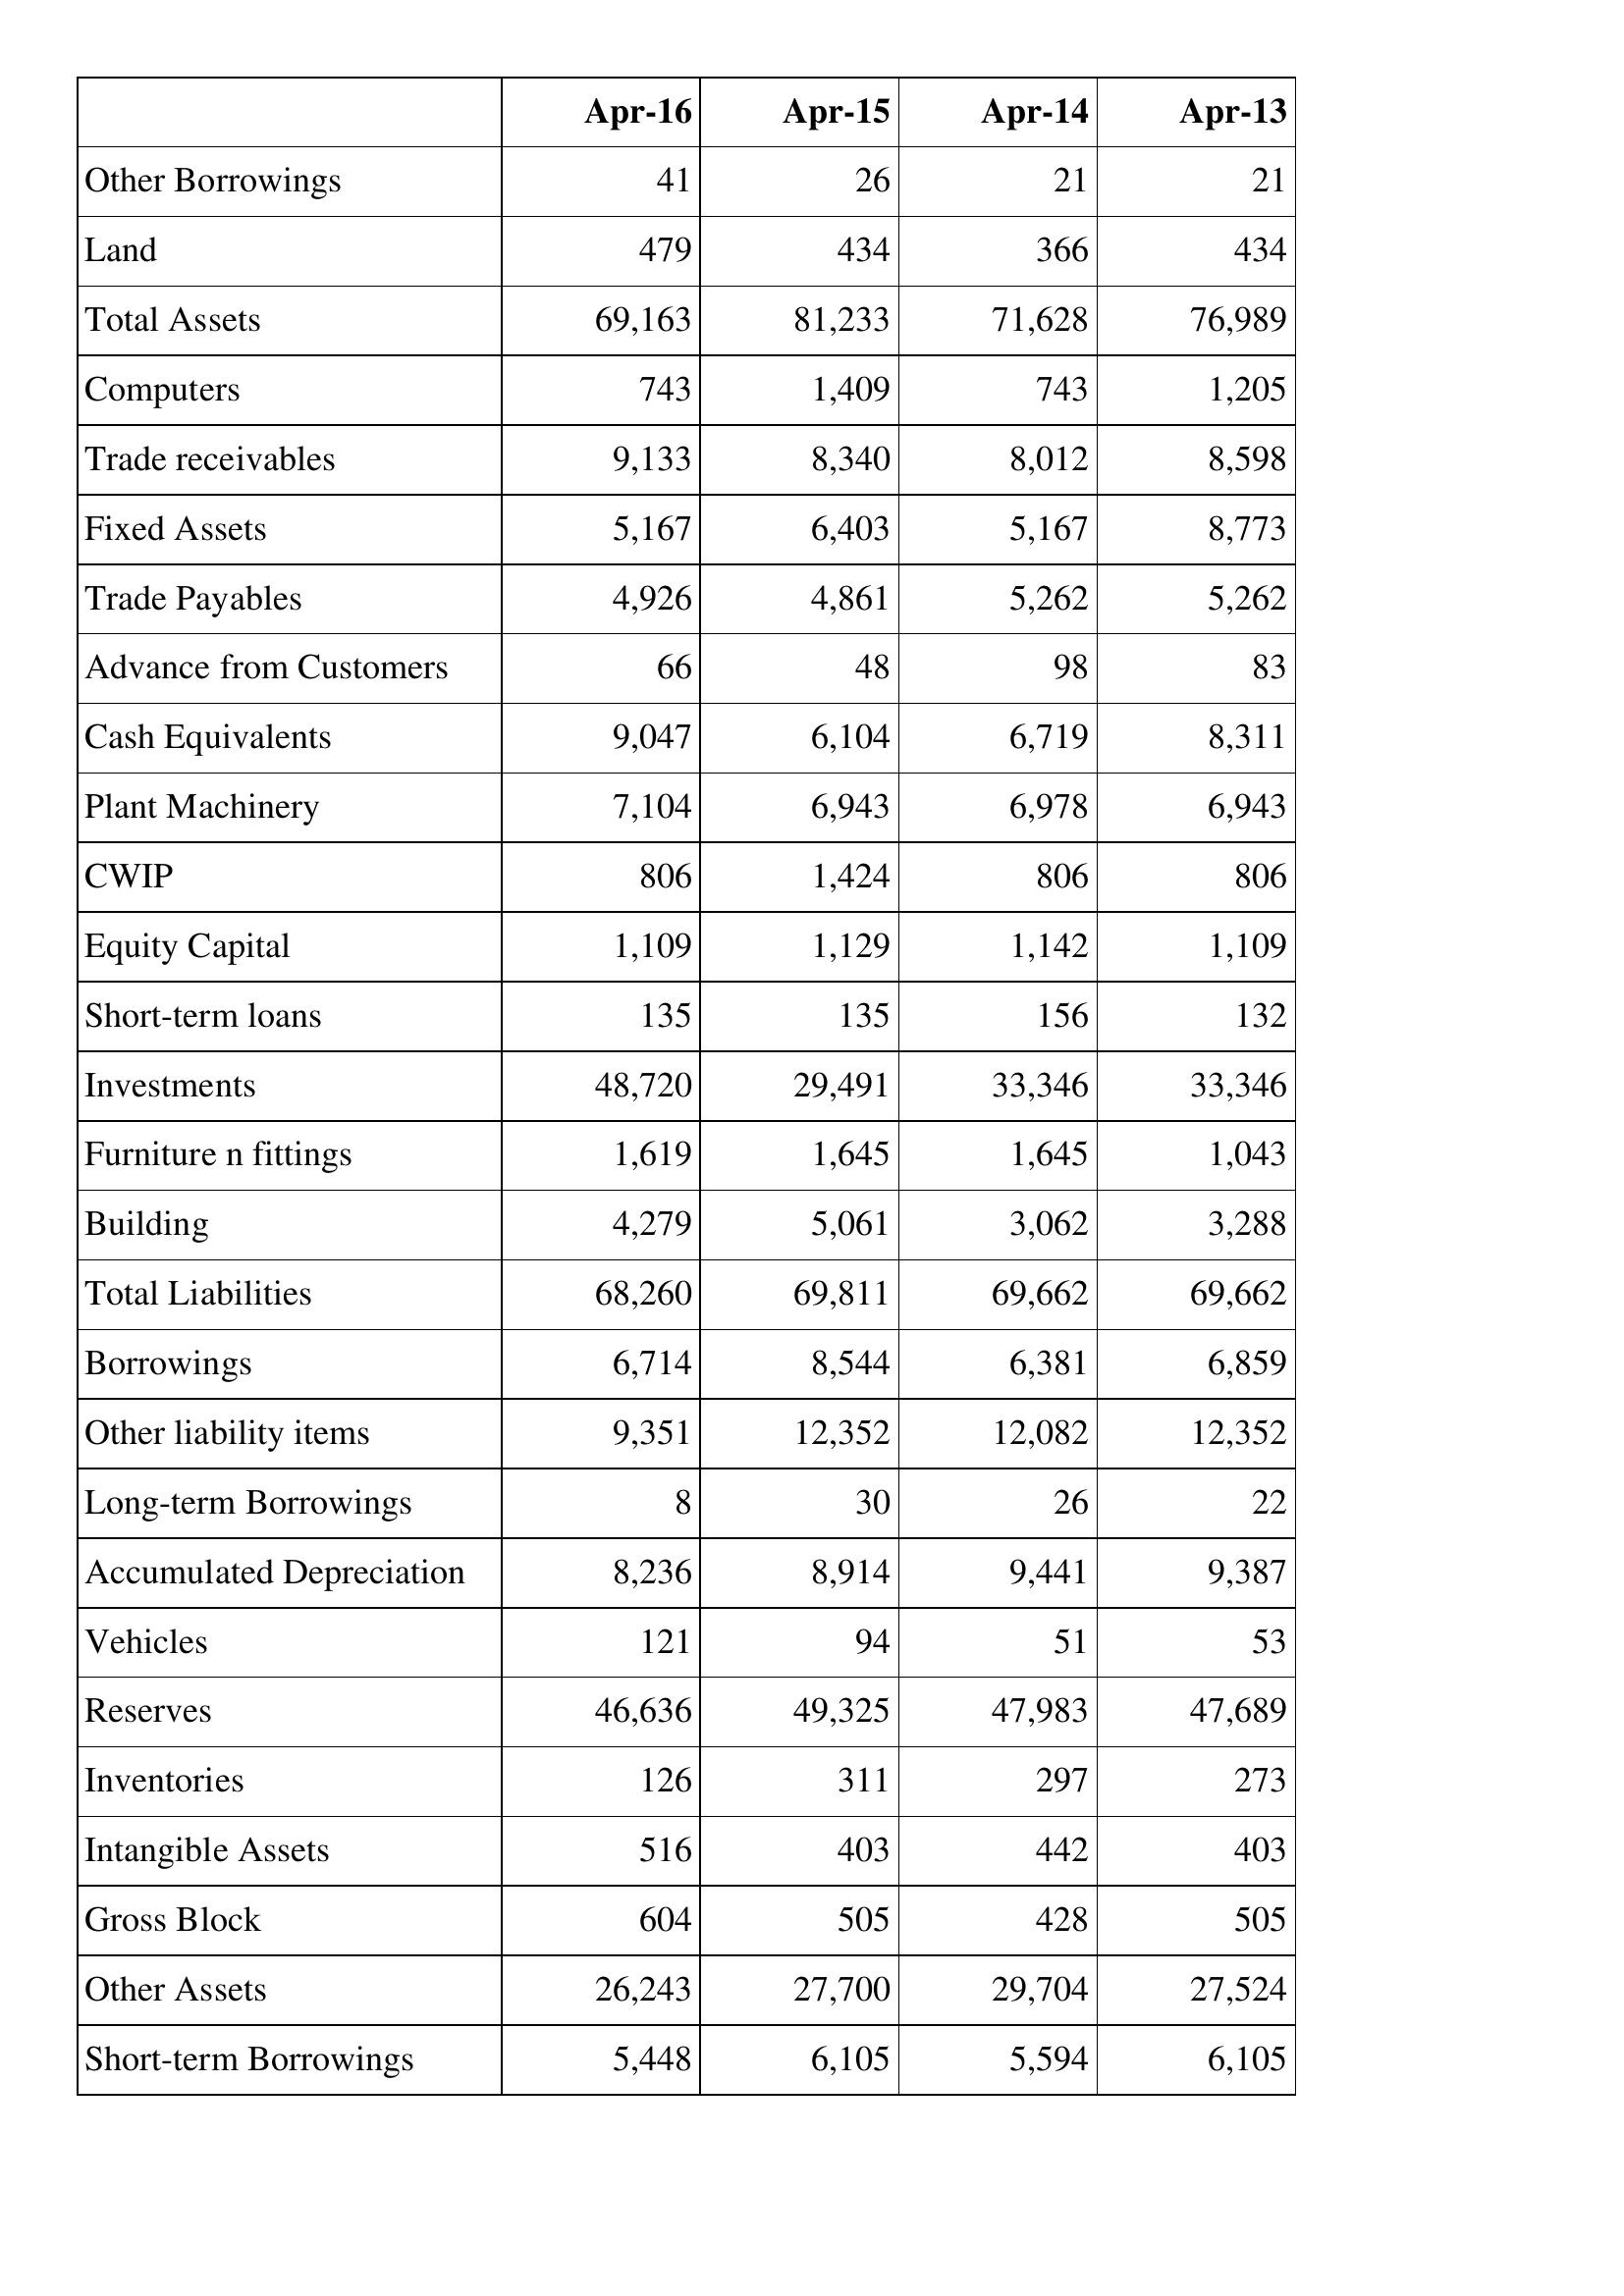
Apr-16: Balance Sheet: Other Borrowings: 41
Land: 479
Total Assets: 69,163
Computers: 743
Trade receivables: 9,133
Fixed Assets: 5,167
Trade Payables: 4,926
Advance from Customers: 66
Cash Equivalents: 9,047
Plant Machinery: 7,104
CWIP: 806
Equity Capital: 1,109
Short-term loans: 135
Investments: 48,720
Furniture n fittings: 1,619
Building: 4,279
Total Liabilities: 68,260
Borrowings: 6,714
Other liability items: 9,351
Long-term Borrowings: 8
Accumulated Depreciation: 8,236
Vehicles: 121
Reserves: 46,636
Inventories: 126
Intangible Assets: 516
Gross Block: 604
Other Assets: 26,243
Short-term Borrowings: 5,448
Apr-15: Balance Sheet: Other Borrowings: 26
Land: 434
Total Assets: 81,233
Computers: 1,409
Trade receivables: 8,340
Fixed Assets: 6,403
Trade Payables: 4,861
Advance from Customers: 48
Cash Equivalents: 6,104
Plant Machinery: 6,943
CWIP: 1,424
Equity Capital: 1,129
Short-term loans: 135
Investments: 29,491
Furniture n fittings: 1,645
Building: 5,061
Total Liabilities: 69,811
Borrowings: 8,544
Other liability items: 12,352
Long-term Borrowings: 30
Accumulated Depreciation: 8,914
Vehicles: 94
Reserves: 49,325
Inventories: 311
Intangible Assets: 403
Gross Block: 505
Other Assets: 27,700
Short-term Borrowings: 6,105
Apr-14: Balance Sheet: Other Borrowings: 21
Land: 366
Total Assets: 71,628
Computers: 743
Trade receivables: 8,012
Fixed Assets: 5,167
Trade Payables: 5,262
Advance from Customers: 98
Cash Equivalents: 6,719
Plant Machinery: 6,978
CWIP: 806
Equity Capital: 1,142
Short-term loans: 156
Investments: 33,346
Furniture n fittings: 1,645
Building: 3,062
Total Liabilities: 69,662
Borrowings: 6,381
Other liability items: 12,082
Long-term Borrowings: 26
Accumulated Depreciation: 9,441
Vehicles: 51
Reserves: 47,983
Inventories: 297
Intangible Assets: 442
Gross Block: 428
Other Assets: 29,704
Short-term Borrowings: 5,594
Apr-13: Balance Sheet: Other Borrowings: 21
Land: 434
Total Assets: 76,989
Computers: 1,205
Trade receivables: 8,598
Fixed Assets: 8,773
Trade Payables: 5,262
Advance from Customers: 83
Cash Equivalents: 8,311
Plant Machinery: 6,943
CWIP: 806
Equity Capital: 1,109
Short-term loans: 132
Investments: 33,346
Furniture n fittings: 1,043
Building: 3,288
Total Liabilities: 69,662
Borrowings: 6,859
Other liability items: 12,352
Long-term Borrowings: 22
Accumulated Depreciation: 9,387
Vehicles: 53
Reserves: 47,689
Inventories: 273
Intangible Assets: 403
Gross Block: 505
Other Assets: 27,524
Short-term Borrowings: 6,105